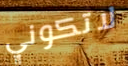
لاتكوني